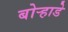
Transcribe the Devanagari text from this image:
बोर्‍हाडे